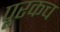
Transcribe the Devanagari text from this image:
पूरकच